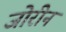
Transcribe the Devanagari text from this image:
जोरीन